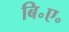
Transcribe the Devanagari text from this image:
बि॰ए॰